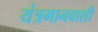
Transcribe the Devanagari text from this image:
यंत्रमानवाशी